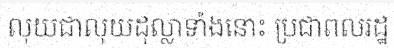
លុយជាលុយដុល្លាទាំងនោះ ប្រជាពលរដ្ឋ